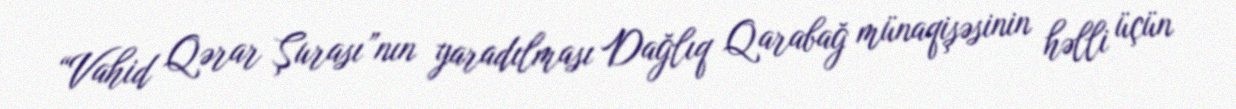
“Vahid Qərar Şurası”nın yaradılması Dağlıq Qarabağ münaqişəsinin həlli üçün